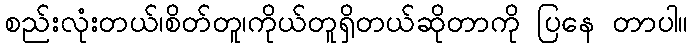
စည်းလုံးတယ်၊စိတ်တူ၊ကိုယ်တူရှိတယ်ဆိုတာကို ပြနေ တာပါ။